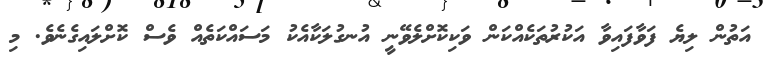
އަތުން ލިޔެ ފަވާފައިވާ އަކުރުތަކެއްކަން ވަކިކޮށްލެވޭނީ އުނގުލަކާއެކު މަސައްކަތެއް ވެސް ކޮށްލައިގެނެވެ. މި